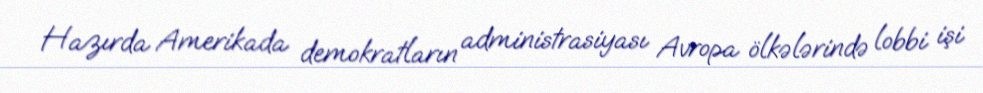
Hazırda Amerikada demokratların administrasiyası Avropa ölkələrində lobbi işi